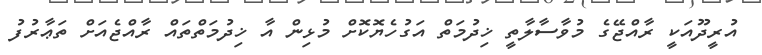
އުުރީދޫއަކީ ރާއްޖޭގެ މުވާސާލާތީ ޚިދުމަތް އަގުހެޔޮކޮށް މުޅިން އާ ޚިދުމަތްތައް ރާއްޖެއަށް ތަޢާރުފު